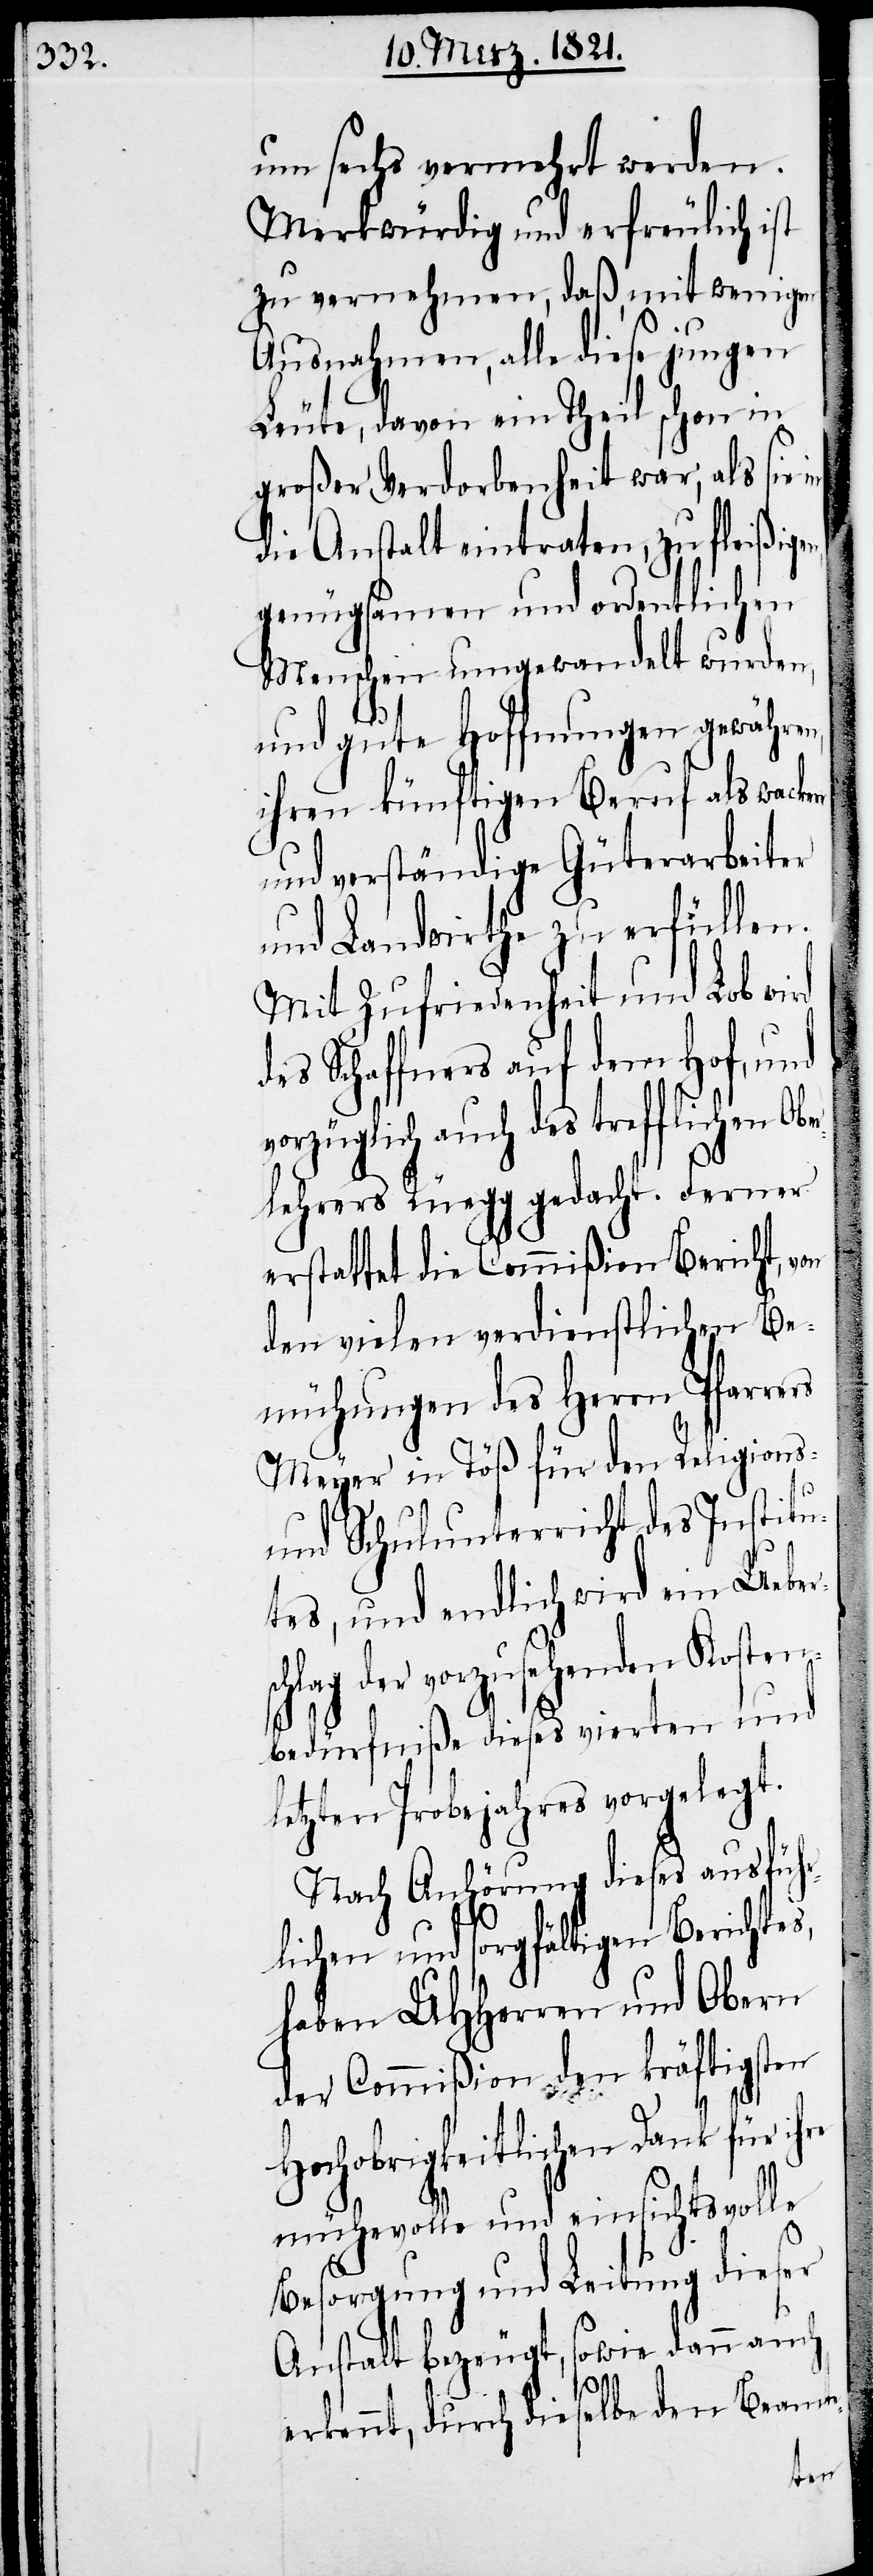
um sechs vermehrt werden.
Merkwürdig und erfreulich ist
zu vernehmen, daß, mit wenigen
Ausnahmen, alle diese jungen
Leute, davon ein Theil schon in
großer Verdorbenheit war, als sie
die Anstalt eintraten, zu fleißig¬
genügsamen und ordentlichen
Menschen umgewandelt wurden,
und gute Hoffnungen gewähren,
ihren künftigen Beruf als wac¬
und verständige Güterarbeiter
und Landwirthe zu erfüllen.
Mit Zufriedenheit und Lob wi¬
des Schaffners auf dem Hof, und
vorzüglich auch d¬
lehrers Rüegg gedacht. Ferner
erstattet die Commißion Bericht, von
den vielen verdienstlichen Be¬
mühungen des Herrn Pfarre¬
Meyer in Töß für den Religions-
und Schulunterricht des Institu¬
tes, und endlich wird ein Ueber¬
der vorzusehenden Koste¬
nbedürfniße dieses vierten und
letzten Probejahres vorgelegt.
Nach Anhörung dieses ausführ¬
lichen und sorgfältigen Berichtes,
haben UHHerren und Obern
der Commißion den kräftigsten
Hochobrigkeitlichen Dank für ihre
mühevolle und einsichtsvolle
Besorgung und Leitung dieser
Anstalt bezeugt, sowie dann auch
lag
erkennt, durch dieselbe den Beamte-
kere